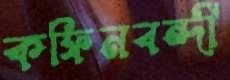
কফিনবন্দী